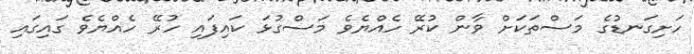
ހަށިގަނޑުގެ މަސްތަކަށް ވާން ކުރޭ ހެއްޔެވެ މަސްގުޅަ ކައިފައި ހުރޭ ހެއްޔެވެ ގައިގައި